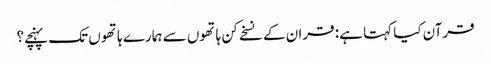
قرآن کیا کہتا ہے: قران کے نسخے کن ہاتھوں سے ہمارے ہاتھوں تک پہنچے؟